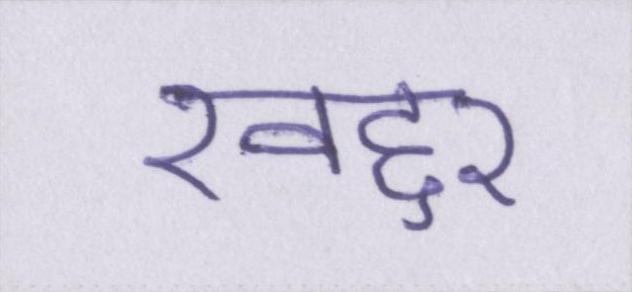
खद्दर